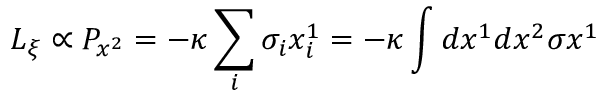
L _ { \xi } \propto P _ { x ^ { 2 } } = - \kappa \sum _ { i } \sigma _ { i } x _ { i } ^ { 1 } = - \kappa \int d x ^ { 1 } d x ^ { 2 } \sigma x ^ { 1 }